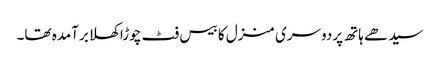
سیدھے ہاتھ پردوسری منزل کا بیس فٹ چوڑا کھلا برآمدہ تھا۔